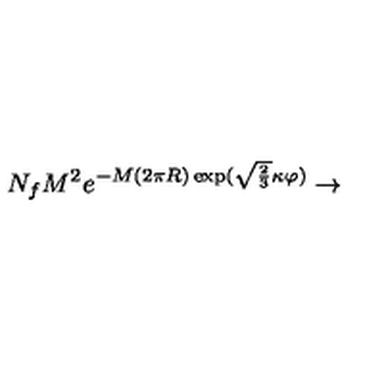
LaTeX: N _ { f } M ^ { 2 } e ^ { - M ( 2 \pi R ) \exp ( \sqrt { \frac 2 3 } \kappa \varphi ) } \rightarrow